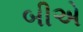
બીએ